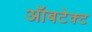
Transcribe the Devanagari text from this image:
ऑबटेक्ट